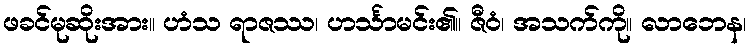
ဖခင်မုဆိုးအား။ ဟံသ ရာဇဿ၊ ဟင်္သာမင်း၏။ ဇီဝံ၊ အသက်ကို။ လာဘေန၊